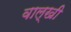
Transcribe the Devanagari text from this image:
वाल्खी